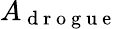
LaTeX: A_{\mathrm{~d~r~o~g~u~e~}}